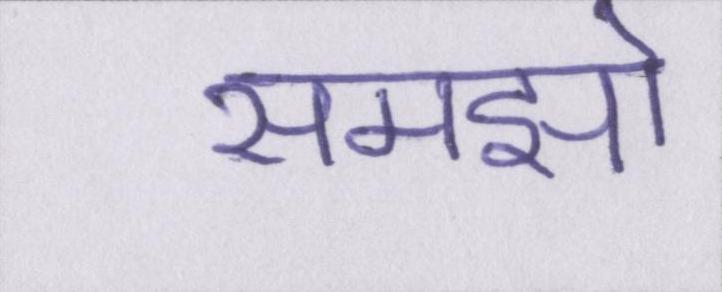
समझो